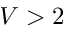
V > 2